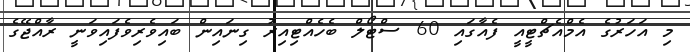
މި އަހަރުގެ އެމްއެޗްޓީއީ ފެއާގައި 60 ސްޓޯލް ބެހެއްޓިއިރު ގިނައިން ބައިވެރިވެފައިވަނީ ރާއްޖޭގެ